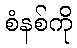
စံနစ်ကို